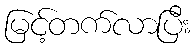
မြင့်တက်လာပြီး